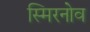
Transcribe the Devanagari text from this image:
स्मिरनोव